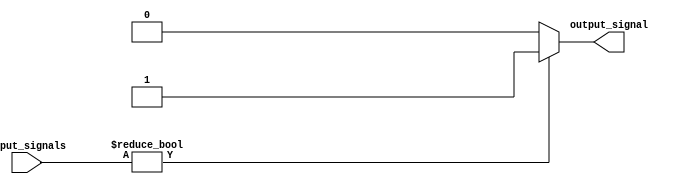
module eight_input_or (
    input [7:0] input_signals,
    output reg output_signal
);

always @* begin
    if (input_signals != 8'b00000000) begin
        output_signal = 1'b1;
    end
    else begin
        output_signal = 1'b0;
    end
end

endmodule